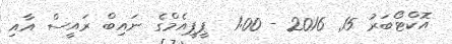
އޮކްޓޯބަރު 15